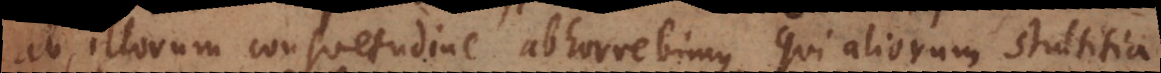
ab illorum consuetudine abhorrebimus, qui aliorum stultitia